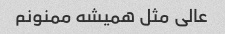
عالی مثل همیشه ممنونم